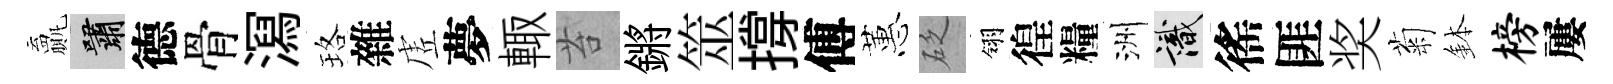
贏嘯德骨㵼珞雜虗夢輙苔鏘筮撐傅蕙砭翎徨糧洲識徭匪奖菊鉢榜屢